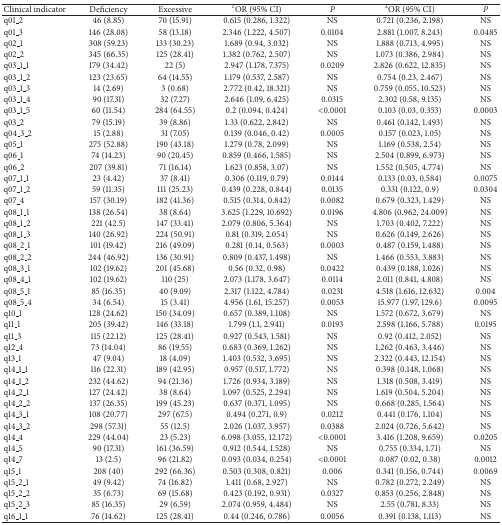
<table><thead><tr><td><b>Clinical indicator</b></td><td><b>Deficiency</b></td><td><b>Excessive</b></td><td><b><sup>c</sup>OR (95% CI)</b></td><td><b><i>P </i></b></td><td><b><sup>a</sup>OR (95% CI)</b></td><td><b><i>P </i></b></td></tr></thead><tbody><tr><td>q01_2</td><td>46 (8.85)</td><td>70 (15.91)</td><td>0.615 (0.286, 1.322)</td><td>NS</td><td>0.721 (0.236, 2.198)</td><td>NS</td></tr><tr><td>q01_3</td><td>146 (28.08)</td><td>58 (13.18)</td><td>2.346 (1.222, 4.507)</td><td>0.0104</td><td>2.881 (1.007, 8.243)</td><td>0.0485</td></tr><tr><td>q02_1</td><td>308 (59.23)</td><td>133 (30.23)</td><td>1.689 (0.94, 3.032)</td><td>NS</td><td>1.888 (0.713, 4.995)</td><td>NS</td></tr><tr><td>q02_2</td><td>345 (66.35)</td><td>125 (28.41)</td><td>1.382 (0.762, 2.507)</td><td>NS</td><td>1.073 (0.386, 2.984)</td><td>NS</td></tr><tr><td>q03_1_1</td><td>179 (34.42)</td><td>22 (5)</td><td>2.947 (1.178, 7.375)</td><td>0.0209</td><td>2.826 (0.622, 12.835)</td><td>NS</td></tr><tr><td>q03_1_2</td><td>123 (23.65)</td><td>64 (14.55)</td><td>1.179 (0.537, 2.587)</td><td>NS</td><td>0.754 (0.23, 2.467)</td><td>NS</td></tr><tr><td>q03_1_3</td><td>14 (2.69)</td><td>3 (0.68)</td><td>2.772 (0.42, 18.321)</td><td>NS</td><td>0.759 (0.055, 10.523)</td><td>NS</td></tr><tr><td>q03_1_4</td><td>90 (17.31)</td><td>32 (7.27)</td><td>2.646 (1.09, 6.425)</td><td>0.0315</td><td>2.302 (0.58, 9.135)</td><td>NS</td></tr><tr><td>q03_1_5</td><td>60 (11.54)</td><td>284 (64.55)</td><td>0.2 (0.094, 0.424)</td><td>&lt;0.0001</td><td>0.103 (0.03, 0.353)</td><td>0.0003</td></tr><tr><td>q03_2</td><td>79 (15.19)</td><td>39 (8.86)</td><td>1.33 (0.622, 2.842)</td><td>NS</td><td>0.461 (0.142, 1.493)</td><td>NS</td></tr><tr><td>q04_3_2</td><td>15 (2.88)</td><td>31 (7.05)</td><td>0.139 (0.046, 0.42)</td><td>0.0005</td><td>0.157 (0.023, 1.05)</td><td>NS</td></tr><tr><td>q05_1</td><td>275 (52.88)</td><td>190 (43.18)</td><td>1.279 (0.78, 2.099)</td><td>NS</td><td>1.169 (0.538, 2.54)</td><td>NS</td></tr><tr><td>q06_1</td><td>74 (14.23)</td><td>90 (20.45)</td><td>0.859 (0.466, 1.585)</td><td>NS</td><td>2.504 (0.899, 6.973)</td><td>NS</td></tr><tr><td>q06_2</td><td>207 (39.81)</td><td>71 (16.14)</td><td>1.623 (0.858, 3.07)</td><td>NS</td><td>1.552 (0.505, 4.774)</td><td>NS</td></tr><tr><td>q07_1_1</td><td>23 (4.42)</td><td>37 (8.41)</td><td>0.306 (0.119, 0.79)</td><td>0.0144</td><td>0.133 (0.03, 0.584)</td><td>0.0075</td></tr><tr><td>q07_1_2</td><td>59 (11.35)</td><td>111 (25.23)</td><td>0.439 (0.228, 0.844)</td><td>0.0135</td><td>0.331 (0.122, 0.9)</td><td>0.0304</td></tr><tr><td>q07_4</td><td>157 (30.19)</td><td>182 (41.36)</td><td>0.515 (0.314, 0.842)</td><td>0.0082</td><td>0.679 (0.323, 1.429)</td><td>NS</td></tr><tr><td>q08_1_1</td><td>138 (26.54)</td><td>38 (8.64)</td><td>3.625 (1.229, 10.692)</td><td>0.0196</td><td>4.806 (0.962, 24.009)</td><td>NS</td></tr><tr><td>q08_1_2</td><td>221 (42.5)</td><td>147 (33.41)</td><td>2.079 (0.806, 5.364)</td><td>NS</td><td>1.703 (0.402, 7.222)</td><td>NS</td></tr><tr><td>q08_1_3</td><td>140 (26.92)</td><td>224 (50.91)</td><td>0.81 (0.319, 2.054)</td><td>NS</td><td>0.626 (0.149, 2.626)</td><td>NS</td></tr><tr><td>q08_2_1</td><td>101 (19.42)</td><td>216 (49.09)</td><td>0.281 (0.14, 0.563)</td><td>0.0003</td><td>0.487 (0.159, 1.488)</td><td>NS</td></tr><tr><td>q08_2_2</td><td>244 (46.92)</td><td>136 (30.91)</td><td>0.809 (0.437, 1.498)</td><td>NS</td><td>1.466 (0.553, 3.883)</td><td>NS</td></tr><tr><td>q08_3_1</td><td>102 (19.62)</td><td>201 (45.68)</td><td>0.56 (0.32, 0.98)</td><td>0.0422</td><td>0.439 (0.188, 1.026)</td><td>NS</td></tr><tr><td>q08_4_1</td><td>102 (19.62)</td><td>110 (25)</td><td>2.073 (1.178, 3.647)</td><td>0.0114</td><td>2.011 (0.841, 4.808)</td><td>NS</td></tr><tr><td>q08_5_1</td><td>85 (16.35)</td><td>40 (9.09)</td><td>2.317 (1.122, 4.784)</td><td>0.0231</td><td>4.518 (1.616, 12.632)</td><td>0.004</td></tr><tr><td>q08_5_4</td><td>34 (6.54)</td><td>15 (3.41)</td><td>4.956 (1.61, 15.257)</td><td>0.0053</td><td>15.977 (1.97, 129.6)</td><td>0.0095</td></tr><tr><td>q10_1</td><td>128 (24.62)</td><td>150 (34.09)</td><td>0.657 (0.389, 1.108)</td><td>NS</td><td>1.572 (0.672, 3.679)</td><td>NS</td></tr><tr><td>q11_1</td><td>205 (39.42)</td><td>146 (33.18)</td><td>1.799 (1.1, 2.941)</td><td>0.0193</td><td>2.598 (1.166, 5.788)</td><td>0.0195</td></tr><tr><td>q11_3</td><td>115 (22.12)</td><td>125 (28.41)</td><td>0.927 (0.543, 1.581)</td><td>NS</td><td>0.92 (0.412, 2.052)</td><td>NS</td></tr><tr><td>q12_4</td><td>73 (14.04)</td><td>86 (19.55)</td><td>0.683 (0.369, 1.262)</td><td>NS</td><td>1.262 (0.463, 3.446)</td><td>NS</td></tr><tr><td>q13_1</td><td>47 (9.04)</td><td>18 (4.09)</td><td>1.403 (0.532, 3.695)</td><td>NS</td><td>2.322 (0.443, 12.154)</td><td>NS</td></tr><tr><td>q14_1_1</td><td>116 (22.31)</td><td>189 (42.95)</td><td>0.957 (0.517, 1.772)</td><td>NS</td><td>0.398 (0.148, 1.068)</td><td>NS</td></tr><tr><td>q14_1_2</td><td>232 (44.62)</td><td>94 (21.36)</td><td>1.726 (0.934, 3.189)</td><td>NS</td><td>1.318 (0.508, 3.419)</td><td>NS</td></tr><tr><td>q14_2_1</td><td>127 (24.42)</td><td>38 (8.64)</td><td>1.097 (0.525, 2.294)</td><td>NS</td><td>1.619 (0.504, 5.204)</td><td>NS</td></tr><tr><td>q14_2_2</td><td>137 (26.35)</td><td>199 (45.23)</td><td>0.637 (0.371, 1.095)</td><td>NS</td><td>0.668 (0.285, 1.564)</td><td>NS</td></tr><tr><td>q14_3_1</td><td>108 (20.77)</td><td>297 (67.5)</td><td>0.494 (0.271, 0.9)</td><td>0.0212</td><td>0.441 (0.176, 1.104)</td><td>NS</td></tr><tr><td>q14_3_2</td><td>298 (57.31)</td><td>55 (12.5)</td><td>2.026 (1.037, 3.957)</td><td>0.0388</td><td>2.024 (0.726, 5.642)</td><td>NS</td></tr><tr><td>q14_4</td><td>229 (44.04)</td><td>23 (5.23)</td><td>6.098 (3.055, 12.172)</td><td>&lt;0.0001</td><td>3.416 (1.208, 9.659)</td><td>0.0205</td></tr><tr><td>q14_5</td><td>90 (17.31)</td><td>161 (36.59)</td><td>0.912 (0.544, 1.528)</td><td>NS</td><td>0.755 (0.334, 1.71)</td><td>NS</td></tr><tr><td>q14_7</td><td>13 (2.5)</td><td>96 (21.82)</td><td>0.093 (0.034, 0.254)</td><td>&lt;0.0001</td><td>0.087 (0.02, 0.38)</td><td>0.0012</td></tr><tr><td>q15_1</td><td>208 (40)</td><td>292 (66.36)</td><td>0.503 (0.308, 0.821)</td><td>0.006</td><td>0.341 (0.156, 0.744)</td><td>0.0069</td></tr><tr><td>q15_2_1</td><td>49 (9.42)</td><td>74 (16.82)</td><td>1.411 (0.68, 2.927)</td><td>NS</td><td>0.782 (0.272, 2.249)</td><td>NS</td></tr><tr><td>q15_2_2</td><td>35 (6.73)</td><td>69 (15.68)</td><td>0.423 (0.192, 0.931)</td><td>0.0327</td><td>0.853 (0.256, 2.848)</td><td>NS</td></tr><tr><td>q15_2_3</td><td>85 (16.35)</td><td>29 (6.59)</td><td>2.074 (0.959, 4.484)</td><td>NS</td><td>2.55 (0.781, 8.33)</td><td>NS</td></tr><tr><td>q16_1_1</td><td>76 (14.62)</td><td>125 (28.41)</td><td>0.44 (0.246, 0.786)</td><td>0.0056</td><td>0.391 (0.138, 1.113)</td><td>NS</td></tr></tbody></table>